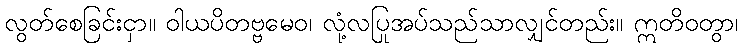
လွတ်စေခြင်းငှာ။ ဝါယပိတဗ္ဗမေဝ၊ လုံ့လပြုအပ်သည်သာလျှင်တည်း။ ဣတိဝတွာ၊